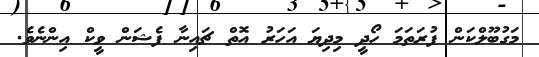
މަގުބޫލްކަން ފުރަތަމަ ހޯދީ މިދިޔަ އަހަރު އޮތް ޗައިނާ ފެޝަން ވީކް އިންނެވެ.